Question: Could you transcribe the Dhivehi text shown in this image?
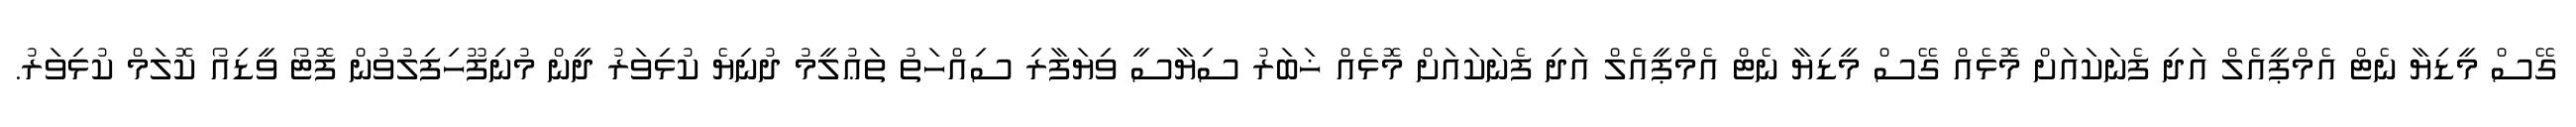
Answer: ގޭސް މީޑިޔާ ނެޓް އެމްޕީއެލް އަދި ފެނަކައަށް މޮޅެއް ގޭސް މީޑިޔާ ނެޓް އެމްޕީއެލް އަދި ފެނަކައަށް މޮޅެއް ޚަބަރު ސިޔާސީ ވިޔަފާރި ސިއްހަތު ތަޢުލީމު ދުނިޔެ ކުޅިވަރު ދީން މުނިފޫހިފިލުވުން ފޮޓޯ ވީޑިއޯ ކޮލަމް ކުޅިވަރު.